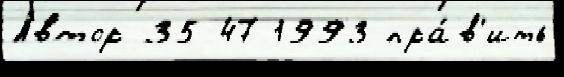
А́втор 35-47 1993 пра́в'ить